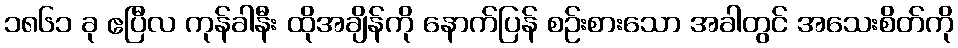
၁၈၆၁ ခု ဧပြီလ ကုန်ခါနီး ထိုအချိန်ကို နောက်ပြန် စဉ်းစားသော အခါတွင် အသေးစိတ်ကို